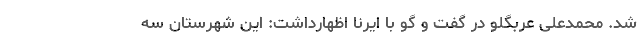
شد. محمدعلی عربگلو در گفت و گو با ایرنا اظهارداشت: این شهرستان سه